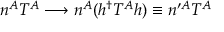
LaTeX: n ^ { A } T ^ { A } \longrightarrow n ^ { A } ( h ^ { \dagger } T ^ { A } h ) \equiv n ^ { \prime A } T ^ { A }